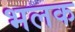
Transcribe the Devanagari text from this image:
भलक